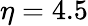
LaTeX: \eta=4.5